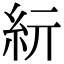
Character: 𥾦